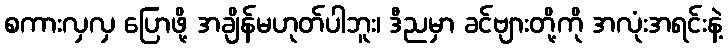
စကားလှလှ ပြောဖို့ အချိန်မဟုတ်ပါဘူး၊ ဒီညမှာ ခင်ဗျားတို့ကို အလုံးအရင်းနဲ့